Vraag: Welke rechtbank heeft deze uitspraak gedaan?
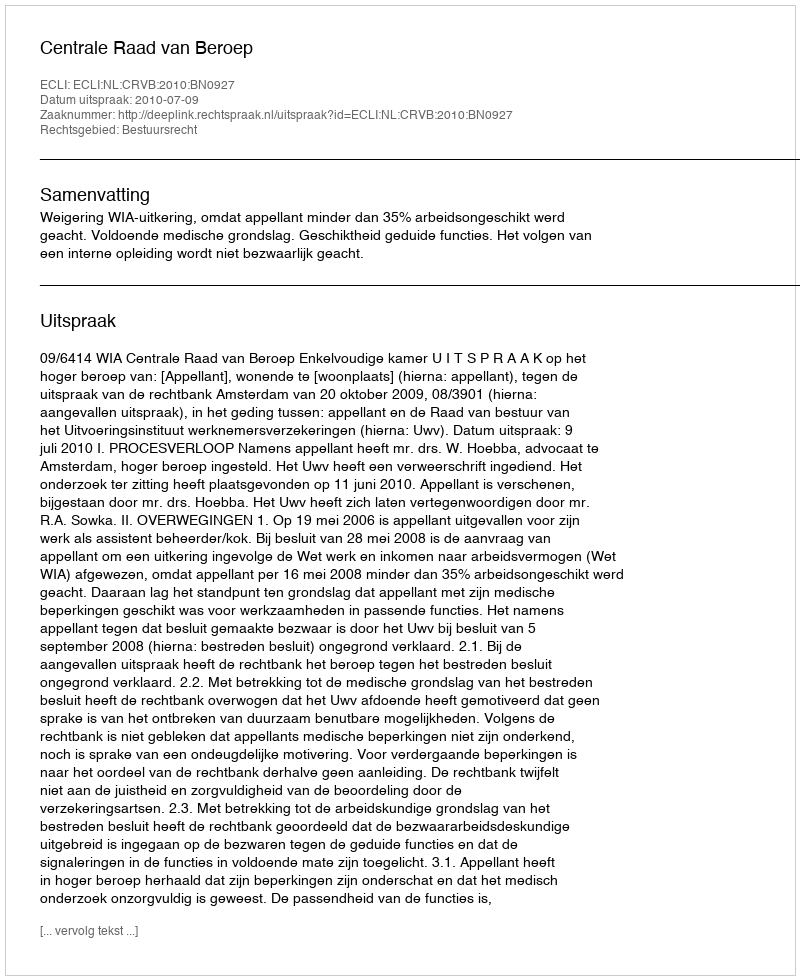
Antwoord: Centrale Raad van Beroep